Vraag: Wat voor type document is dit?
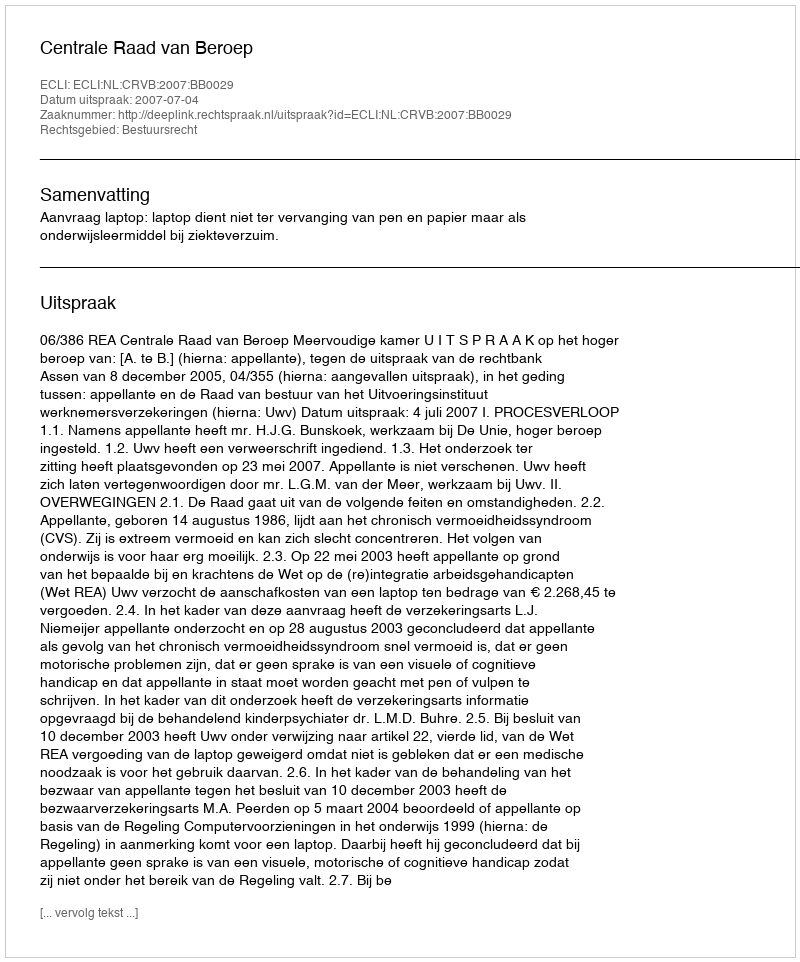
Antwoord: Uitspraak